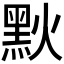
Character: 𪐩